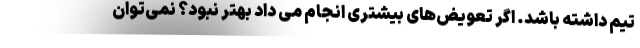
تیم داشته باشد. اگر تعویض‌های بیشتری انجام می‌ داد بهتر نبود؟ نمی‌توان